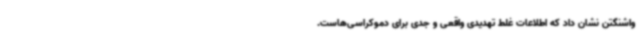
واشنگتن نشان داد که اطلاعات غلط تهدیدی واقعی و جدی برای دموکراسی‌هاست.